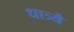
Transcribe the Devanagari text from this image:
धात्र्यै